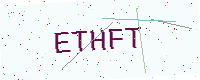
Text: ETHFT